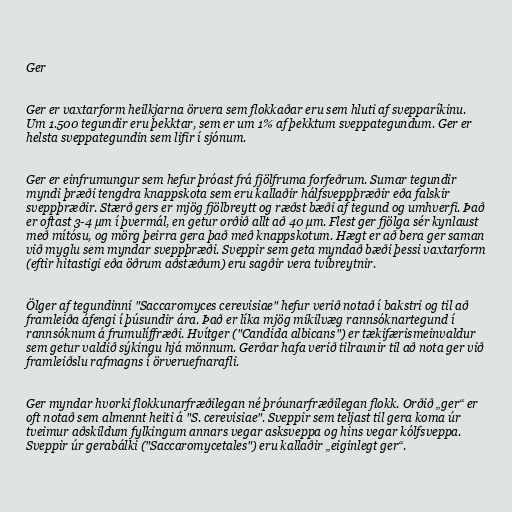
Ger

Ger er vaxtarform heilkjarna örvera sem flokkaðar eru sem hluti af svepparíkinu.
Um 1.500 tegundir eru þekktar, sem er um 1% af þekktum sveppategundum. Ger er
helsta sveppategundin sem lifir í sjónum.

Ger er einfrumungur sem hefur þróast frá fjölfruma forfeðrum. Sumar tegundir
myndi þræði tengdra knappskota sem eru kallaðir hálfsveppþræðir eða falskir
sveppþræðir. Stærð gers er mjög fjölbreytt og ræðst bæði af tegund og umhverfi. Það
er oftast 3-4 µm í þvermál, en getur orðið allt að 40 µm. Flest ger fjölga sér kynlaust
með mítósu, og mörg þeirra gera það með knappskotum. Hægt er að bera ger saman
við myglu sem myndar sveppþræði. Sveppir sem geta myndað bæði þessi vaxtarform
(eftir hitastigi eða öðrum aðstæðum) eru sagðir vera tvíbreytnir.

Ölger af tegundinni "Saccaromyces cerevisiae" hefur verið notað í bakstri og til að
framleiða áfengi í þúsundir ára. Það er líka mjög mikilvæg rannsóknartegund í
rannsóknum á frumulíffræði. Hvítger ("Candida albicans") er tækifærismeinvaldur
sem getur valdið sýkingu hjá mönnum. Gerðar hafa verið tilraunir til að nota ger við
framleiðslu rafmagns í örveruefnarafli.

Ger myndar hvorki flokkunarfræðilegan né þróunarfræðilegan flokk. Orðið „ger“ er
oft notað sem almennt heiti á "S. cerevisiae". Sveppir sem teljast til gera koma úr
tveimur aðskildum fylkingum annars vegar asksveppa og hins vegar kólfsveppa.
Sveppir úr gerabálki ("Saccaromycetales") eru kallaðir „eiginlegt ger“.